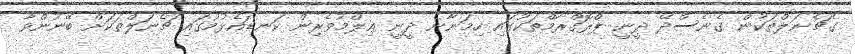
ގެޗެނަލްތަކުން ގެނެސްދޭ ދީނީ ޕްރޮގްރާމްތަކުގައި ހިމަނާނެ ދީނީ ޢިލްމުވެރިން ކަނޑައެޅުމުގައި ޗެނަލްތަކަށް ބޭނުންވާ